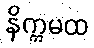
နိက္ကမထ